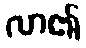
လာ၏